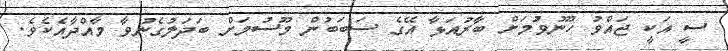
ސީ އަކީ ޖައްވު ހޫނުވުމަށް ބާރުއަޅާ އޭގެ ސަބަބުން މޫސުމަށް ބަދަލުގެނުވާ މާއްދާއެކެވެ.